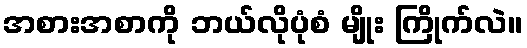
အစားအစာကို ဘယ်လိုပုံစံ မျိုး ကြိုက်လဲ။